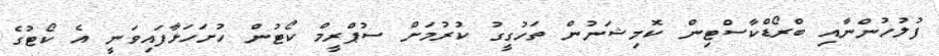
ފުލުހުންނާއި ބްރޯޑްކާސްޓިން ކޮމިޝަނުން ތަހުގީގު ކުރުމަށް ސުޕްރީމް ކޯޓުން ހުށަހަޅާފައިވަނީ އެ ކޯޓުގެ